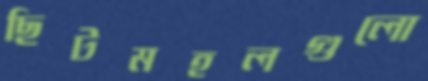
ছিটমহলগুলো